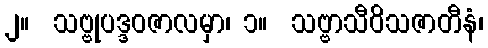
၂။  သဗ္ဗုပဒ္ဒဝဇာလမှာ၊ ၁။  သဗ္ဗာသီဝိသဇာတီနံ၊